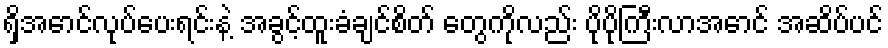
ရှိအောင်လုပ်ပေးရင်းနဲ့ အခွင့်ထူးခံချင်စိတ် တွေကိုလည်း ပိုပိုကြီးလာအောင် အဆိပ်ပင်